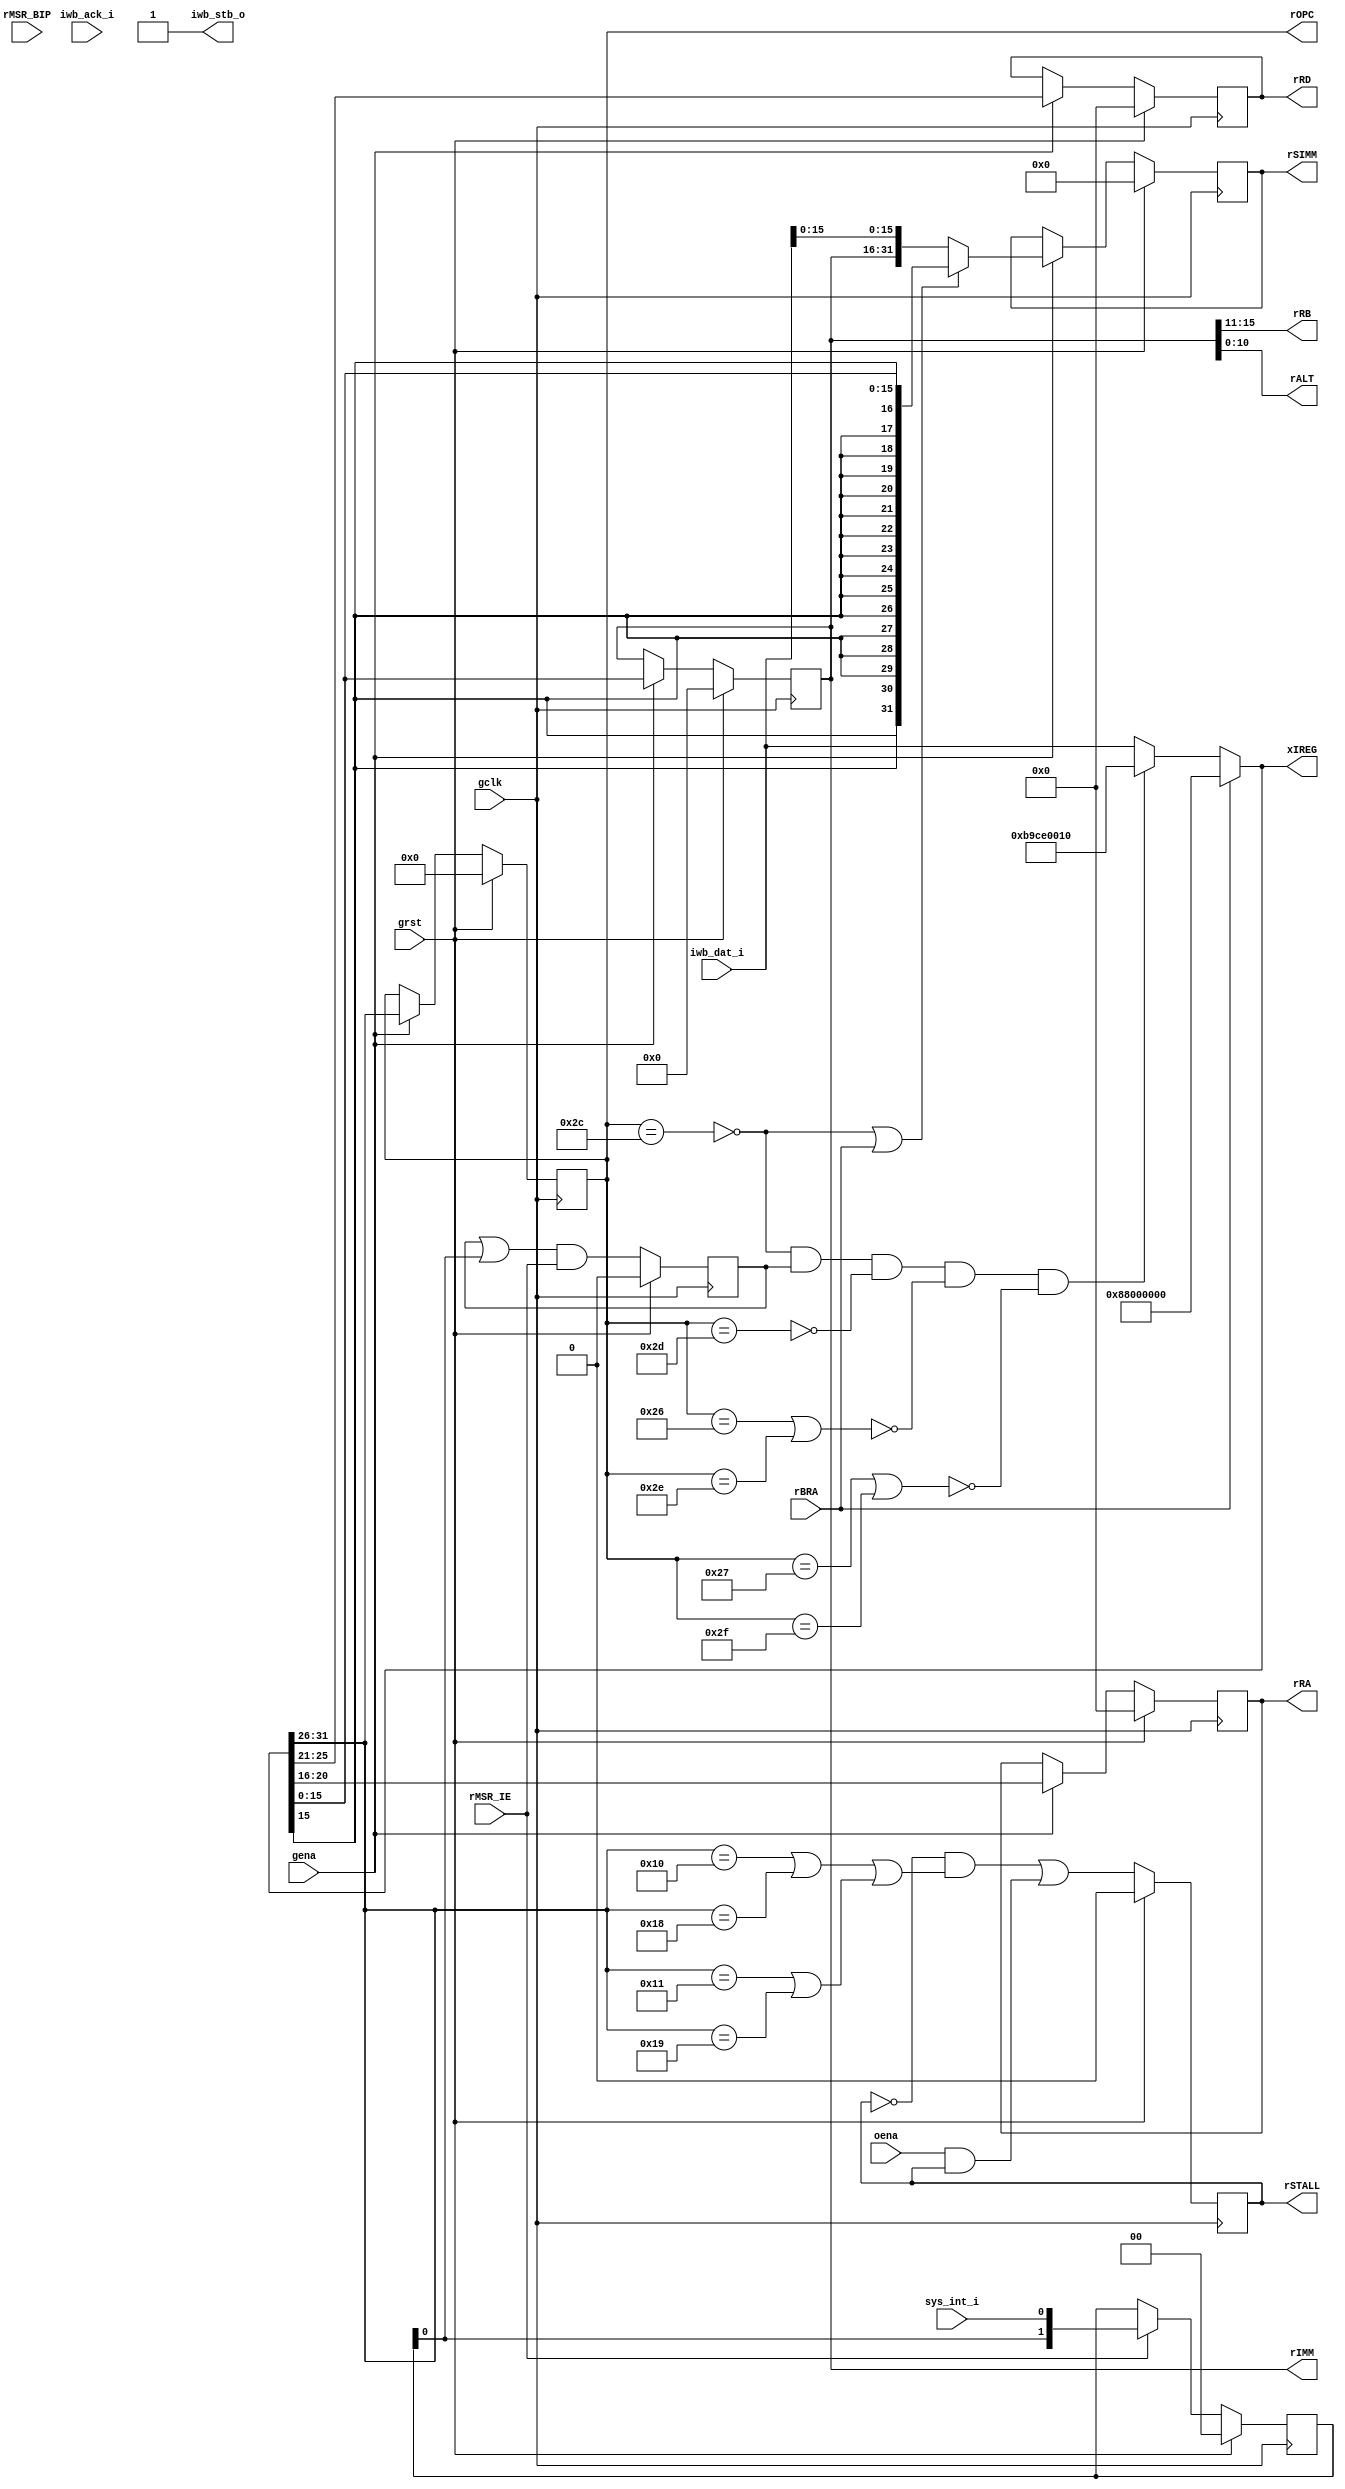
/* $Id: aeMB_ibuf.v,v 1.10 2008-01-21 01:02:26 sybreon Exp $
**
** AEMB INSTRUCTION BUFFER
** Copyright (C) 2004-2007 Shawn Tan Ser Ngiap <shawn.tan@aeste.net>
**  
** This file is part of AEMB.
**
** AEMB is free software: you can redistribute it and/or modify it
** under the terms of the GNU Lesser General Public License as
** published by the Free Software Foundation, either version 3 of the
** License, or (at your option) any later version.
**
** AEMB is distributed in the hope that it will be useful, but WITHOUT
** ANY WARRANTY; without even the implied warranty of MERCHANTABILITY
** or FITNESS FOR A PARTICULAR PURPOSE.  See the GNU Lesser General
** Public License for more details.
**
** You should have received a copy of the GNU Lesser General Public
** License along with AEMB. If not, see <http://www.gnu.org/licenses/>.
*/

module aeMB_ibuf (/*AUTOARG*/
   // Outputs
   rIMM, rRA, rRD, rRB, rALT, rOPC, rSIMM, xIREG, rSTALL, iwb_stb_o,
   // Inputs
   rBRA, rMSR_IE, rMSR_BIP, iwb_dat_i, iwb_ack_i, sys_int_i, gclk,
   grst, gena, oena
   );
   // INTERNAL
   output [15:0] rIMM;
   output [4:0]  rRA, rRD, rRB;
   output [10:0] rALT;
   output [5:0]  rOPC;
   output [31:0] rSIMM;
   output [31:0] xIREG;
   output 	 rSTALL;   
   
   input 	 rBRA;
   //input [1:0] 	 rXCE;
   input 	 rMSR_IE;
   input 	 rMSR_BIP;   
   
   // INST WISHBONE
   output 	 iwb_stb_o;
   input [31:0]  iwb_dat_i;
   input 	 iwb_ack_i;

   // SYSTEM
   input 	 sys_int_i;   

   // SYSTEM
   input 	 gclk, grst, gena, oena;

   reg [15:0] 	 rIMM;
   reg [4:0] 	 rRA, rRD;
   reg [5:0] 	 rOPC;

   // FIXME: Endian
   wire [31:0] 	 wIDAT = iwb_dat_i;
   assign 	 {rRB, rALT} = rIMM;   
   
   // TODO: Assign to FIFO not full.
   assign 	iwb_stb_o = 1'b1;

   reg [31:0] 	rSIMM, xSIMM;
   reg 		rSTALL;   

   wire [31:0] 	wXCEOP = 32'hBA2D0008; // Vector 0x08
   wire [31:0] 	wINTOP = 32'hB9CE0010; // Vector 0x10
   wire [31:0] 	wBRKOP = 32'hBA0C0018; // Vector 0x18
   wire [31:0] 	wBRAOP = 32'h88000000; // NOP for branches
   
   wire [31:0] 	wIREG = {rOPC, rRD, rRA, rRB, rALT};   
   reg [31:0] 	xIREG;


   // --- INTERRUPT LATCH --------------------------------------
   // Debounce and latch onto the positive level. This is independent
   // of the pipeline so that stalls do not affect it.
   
   reg 		rFINT;
   reg [1:0] 	rDINT;
   wire 	wSHOT = rDINT[0];	

   always @(posedge gclk)
     if (grst) begin
	/*AUTORESET*/
	// Beginning of autoreset for uninitialized flops
	rDINT <= 2'h0;
	rFINT <= 1'h0;
	// End of automatics
     end else begin
	if (rMSR_IE)
	  rDINT <= #1 
		   {rDINT[0], sys_int_i};
	
	rFINT <= #1 
		 //(wIREG == wINTOP) ? 1'b0 : 
		 (rFINT | wSHOT) & rMSR_IE;
     end

   wire 	fIMM = (rOPC == 6'o54);
   wire 	fRTD = (rOPC == 6'o55);
   wire 	fBRU = ((rOPC == 6'o46) | (rOPC == 6'o56));
   wire 	fBCC = ((rOPC == 6'o47) | (rOPC == 6'o57));   
   
   // --- DELAY SLOT -------------------------------------------
   
   always @(/*AUTOSENSE*/fBCC or fBRU or fIMM or fRTD or rBRA or rFINT
	    or wBRAOP or wIDAT or wINTOP) begin
      xIREG <= (rBRA) ? wBRAOP : 
	       (!fIMM & rFINT & !fRTD & !fBRU & !fBCC) ? wINTOP :
	       wIDAT;
   end
   
   always @(/*AUTOSENSE*/fIMM or rBRA or rIMM or wIDAT or xIREG) begin
      xSIMM <= (!fIMM | rBRA) ? { {(16){xIREG[15]}}, xIREG[15:0]} :
	       {rIMM, wIDAT[15:0]};
   end   

   // --- PIPELINE --------------------------------------------
   
   always @(posedge gclk)
     if (grst) begin
	/*AUTORESET*/
	// Beginning of autoreset for uninitialized flops
	rIMM <= 16'h0;
	rOPC <= 6'h0;
	rRA <= 5'h0;
	rRD <= 5'h0;
	rSIMM <= 32'h0;
	// End of automatics
     end else if (gena) begin
	{rOPC, rRD, rRA, rIMM} <= #1 xIREG;
	rSIMM <= #1 xSIMM;	
     end

   // --- STALL FOR MUL/BSF -----------------------------------

   wire [5:0] wOPC = xIREG[31:26];   
   
   wire       fMUL = (wOPC == 6'o20) | (wOPC == 6'o30);
   wire       fBSF = (wOPC == 6'o21) | (wOPC == 6'o31);   
   
   always @(posedge gclk)
     if (grst) begin
	/*AUTORESET*/
	// Beginning of autoreset for uninitialized flops
	rSTALL <= 1'h0;
	// End of automatics
     end else begin
	rSTALL <= #1 (!rSTALL & (fMUL | fBSF)) | (oena & rSTALL);	
     end
   
endmodule // aeMB_ibuf

/*
 $Log: not supported by cvs2svn $
 Revision 1.9  2008/01/19 16:01:22  sybreon
 Patched problem where memory access followed by dual cycle instructions were not stalling correctly (submitted by M. Ettus)

 Revision 1.8  2007/12/25 22:15:09  sybreon
 Stalls pipeline on MUL/BSF instructions results in minor speed improvements.

 Revision 1.7  2007/11/22 15:11:15  sybreon
 Change interrupt to positive level triggered interrupts.

 Revision 1.6  2007/11/14 23:39:51  sybreon
 Fixed interrupt signal synchronisation.

 Revision 1.5  2007/11/14 22:14:34  sybreon
 Changed interrupt handling system (reported by M. Ettus).

 Revision 1.4  2007/11/10 16:39:38  sybreon
 Upgraded license to LGPLv3.
 Significant performance optimisations.

 Revision 1.3  2007/11/03 08:34:55  sybreon
 Minor code cleanup.

 Revision 1.2  2007/11/02 19:20:58  sybreon
 Added better (beta) interrupt support.
 Changed MSR_IE to disabled at reset as per MB docs.

 Revision 1.1  2007/11/02 03:25:40  sybreon
 New EDK 3.2 compatible design with optional barrel-shifter and multiplier.
 Fixed various minor data hazard bugs.
 Code compatible with -O0/1/2/3/s generated code.
*/